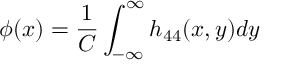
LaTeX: \phi ( x ) = \frac { 1 } { C } \int _ { - \infty } ^ { \infty } h _ { 4 4 } ( x , y ) d y